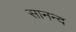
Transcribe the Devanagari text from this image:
सानन्‍द